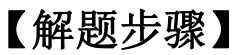
【解题步骤】